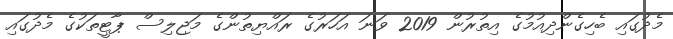
މެދުގައި ބެހިގެންދިއުމުގެ އިތުރުން 2019 ވަނަ އަހަރުގެ ރައްޔިތުންގެ މަޖިލިސް ޕާޓީތަކުގެ މެދުގައި